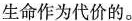
生命作为代价的。